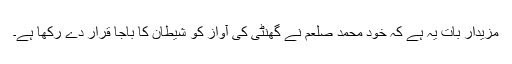
مزیدار بات یہ ہے کہ خود محمد صلعم نے گھنٹی کی آواز کو شیطان کا باجا قرار دے رکھا ہے۔